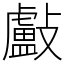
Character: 㪭